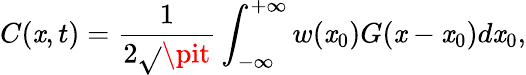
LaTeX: C(\mathit{x},t)=\frac{{1}}{{2\sqrt{}{{\pit}}}}\int_{-\infty}^{+\infty}w(\mathit{x}_{0})G(\mathit{x}-\mathit{x}_{0})d\mathit{x}_{0},